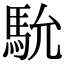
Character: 馻